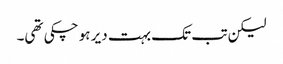
لیکن تب تک بہت دیر ہو چکی تھی۔